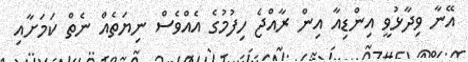
އޭނާ ވިދާޅުވީ އިންޑިއާ އިން ރާއްޖެ ހިފުމުގެ އެއްވެސް ނިޔަތެއް ނެތް ކަމަށާއި